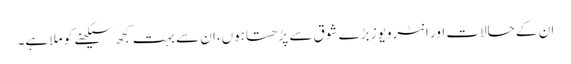
ان کے حالات اور انٹرویوز بڑے شوق سے پڑھتاہوں،ان سے بہت کجھ سیکھنے کو ملا ہے۔